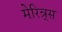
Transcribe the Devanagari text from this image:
मेरिन्र्स